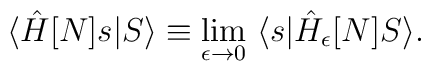
\langle \hat H[N] s |S \rangle \equiv \lim_{\epsilon\to 0}\ \langle s |\hat H_{\epsilon}[N] S \rangle.